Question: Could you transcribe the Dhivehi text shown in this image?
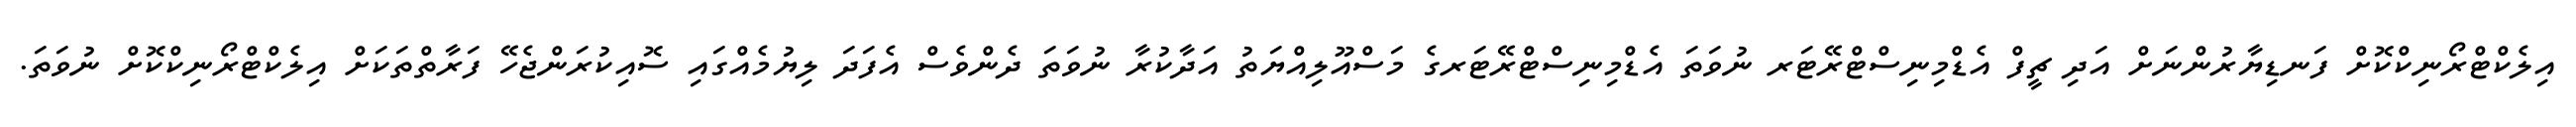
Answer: އިލެކްޓްރޯނިކްކޮށް ފަނޑިޔާރުންނަށް އަދި ޗީފް އެޑްމިނިސްޓްރޭޓަރ ނުވަތަ އެޑްމިނިސްޓްރޭޓަރގެ މަސްއޫލިއްޔަތު އަދާކުރާ ނުވަތަ ދެންވެސް އެފަދަ ލިޔުމެއްގައި ސޮއިކުރަންޖެހޭ ފަރާތްތަކަށް އިލެކްޓްރޯނިކްކޮށް ނުވަތަ.